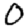
Digit: 0